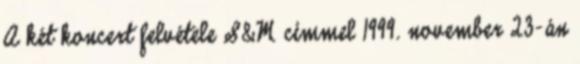
A két koncert felvétele S&M címmel 1999. november 23-án